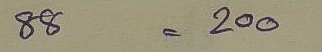
88 = 200